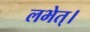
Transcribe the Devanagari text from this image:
लभेत्।